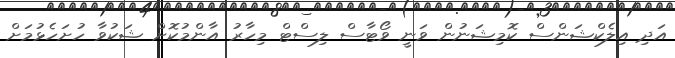
އަދި އިލެކްޝަންސް ކޮމިޝަނުން ވަނީ ވޯޓާސް ލިސްޓް މިހާރު އާންމުކޮށް ޝަކުވާ ހުށަހެޅުމަށް